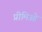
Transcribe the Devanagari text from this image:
प्रीमिओ